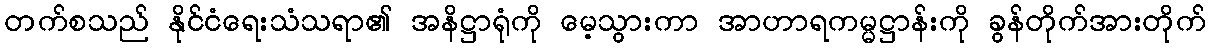
တက်စသည် နိုင်ငံရေးသံသရာ၏ အနိဋ္ဌာရုံကို မေ့သွားကာ အာဟာရကမ္မဋ္ဌာန်းကို ခွန်တိုက်အားတိုက်